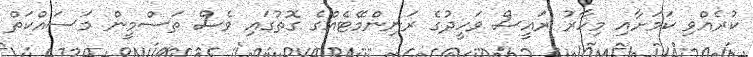
ކުރެއްވި ކަމަށާއި މިހާރު ރައީސް ވަހީދުގެ ރަނިންމޭޓެއްގެ ގޮތުގައި ވެސް ތަސްމީން މަސައްކަތް